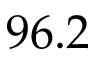
9 6 . 2